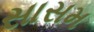
સાસમ